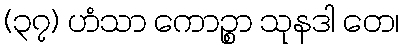
(၃၇) ဟံသာ ကောဉ္စာ သုနဒါ တေ၊